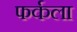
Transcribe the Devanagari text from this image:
फर्कला